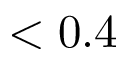
< 0 . 4